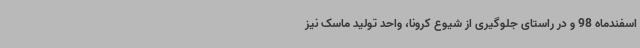
اسفندماه 98 و در راستای جلوگیری از شیوع کرونا، واحد تولید ماسک نیز